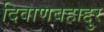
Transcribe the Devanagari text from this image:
दिवाणबहाद्दुर